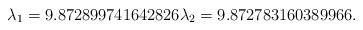
LaTeX: \begin{align*}\lambda_1=9.872899741642826 \lambda_2=9.872783160389966.\end{align*}